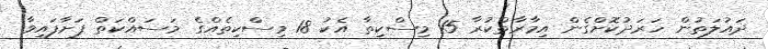
ދައުލަތުން ހަރަދުކޮށްގެން އިމާރާތްކުރާ 15 މިސްކިތާ އެކު 18 މިސްކިތެއްގެ މަސައްކަތް ފަށާފައިވާ